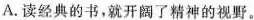
A.读经典的书，就开阔了精神的视野。